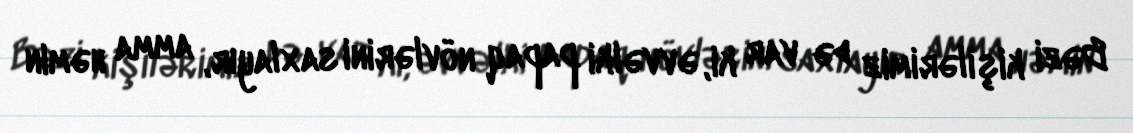
Bəzi kişilərimiz də var ki, əvvəlki papaq növlərini saxlayır, amma həmin